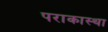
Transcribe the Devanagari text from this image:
पराकास्था